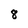
Character: 8